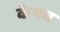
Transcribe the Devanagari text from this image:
केषव